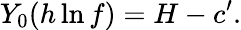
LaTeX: Y_{0}(h\ln f)=H-c^{\prime}.